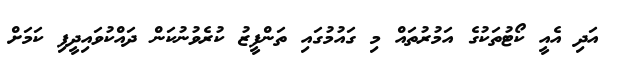
އަދި އެއީ ކޯޓުތަކުގެ އަމުރުތައް މި ގައުމުގައި ތަންފީޒު ކުރެވުނުކަން ދައްކުވައިދީފި ކަމަށް